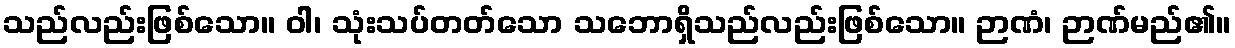
သည်လည်းဖြစ်သော။ ဝါ၊ သုံးသပ်တတ်သော သဘောရှိသည်လည်းဖြစ်သော။ ဉာဏံ၊ ဉာဏ်မည်၏။